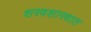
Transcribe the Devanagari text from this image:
शस्त्रशास्त्रात